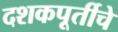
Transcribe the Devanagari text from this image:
दशकपूर्तीचे